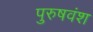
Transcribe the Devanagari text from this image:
पुरुषवंश